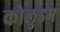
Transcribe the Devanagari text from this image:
कोलुइम